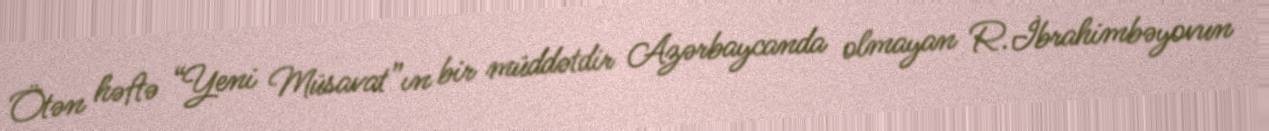
Ötən həftə “Yeni Müsavat”ın bir müddətdir Azərbaycanda olmayan R.İbrahimbəyovun